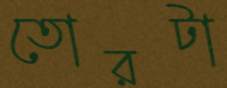
তোরটা